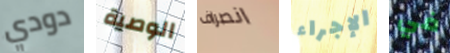
دودي الوصية انصراف الإجراء في